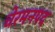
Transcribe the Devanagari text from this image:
चेरमनपद